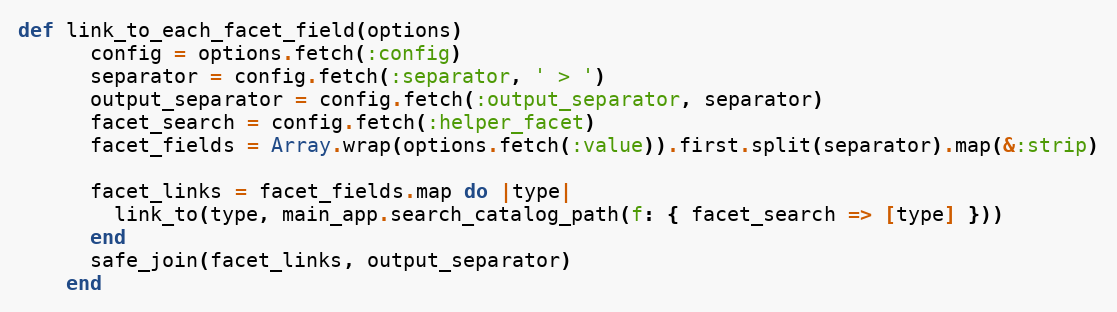
Language: Ruby
def link_to_each_facet_field(options)
      config = options.fetch(:config)
      separator = config.fetch(:separator, ' > ')
      output_separator = config.fetch(:output_separator, separator)
      facet_search = config.fetch(:helper_facet)
      facet_fields = Array.wrap(options.fetch(:value)).first.split(separator).map(&:strip)

      facet_links = facet_fields.map do |type|
        link_to(type, main_app.search_catalog_path(f: { facet_search => [type] }))
      end
      safe_join(facet_links, output_separator)
    end